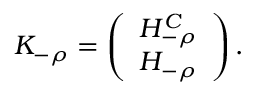
K _ { - \rho } = \left( \begin{array} { c } { { H _ { - \rho } ^ { C } } } \\ { { H _ { - \rho } } } \end{array} \right) .